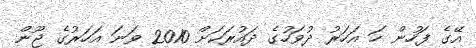
އޭގެ ފަހުން ހަ އަހަރު ދުވަހުގެ ދައުރަކަށް 2010 ވަނަ އަހަރުގެ ޖޫން